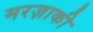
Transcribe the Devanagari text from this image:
मरज़ाकी